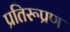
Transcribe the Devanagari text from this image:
प्रतिरूप्रण